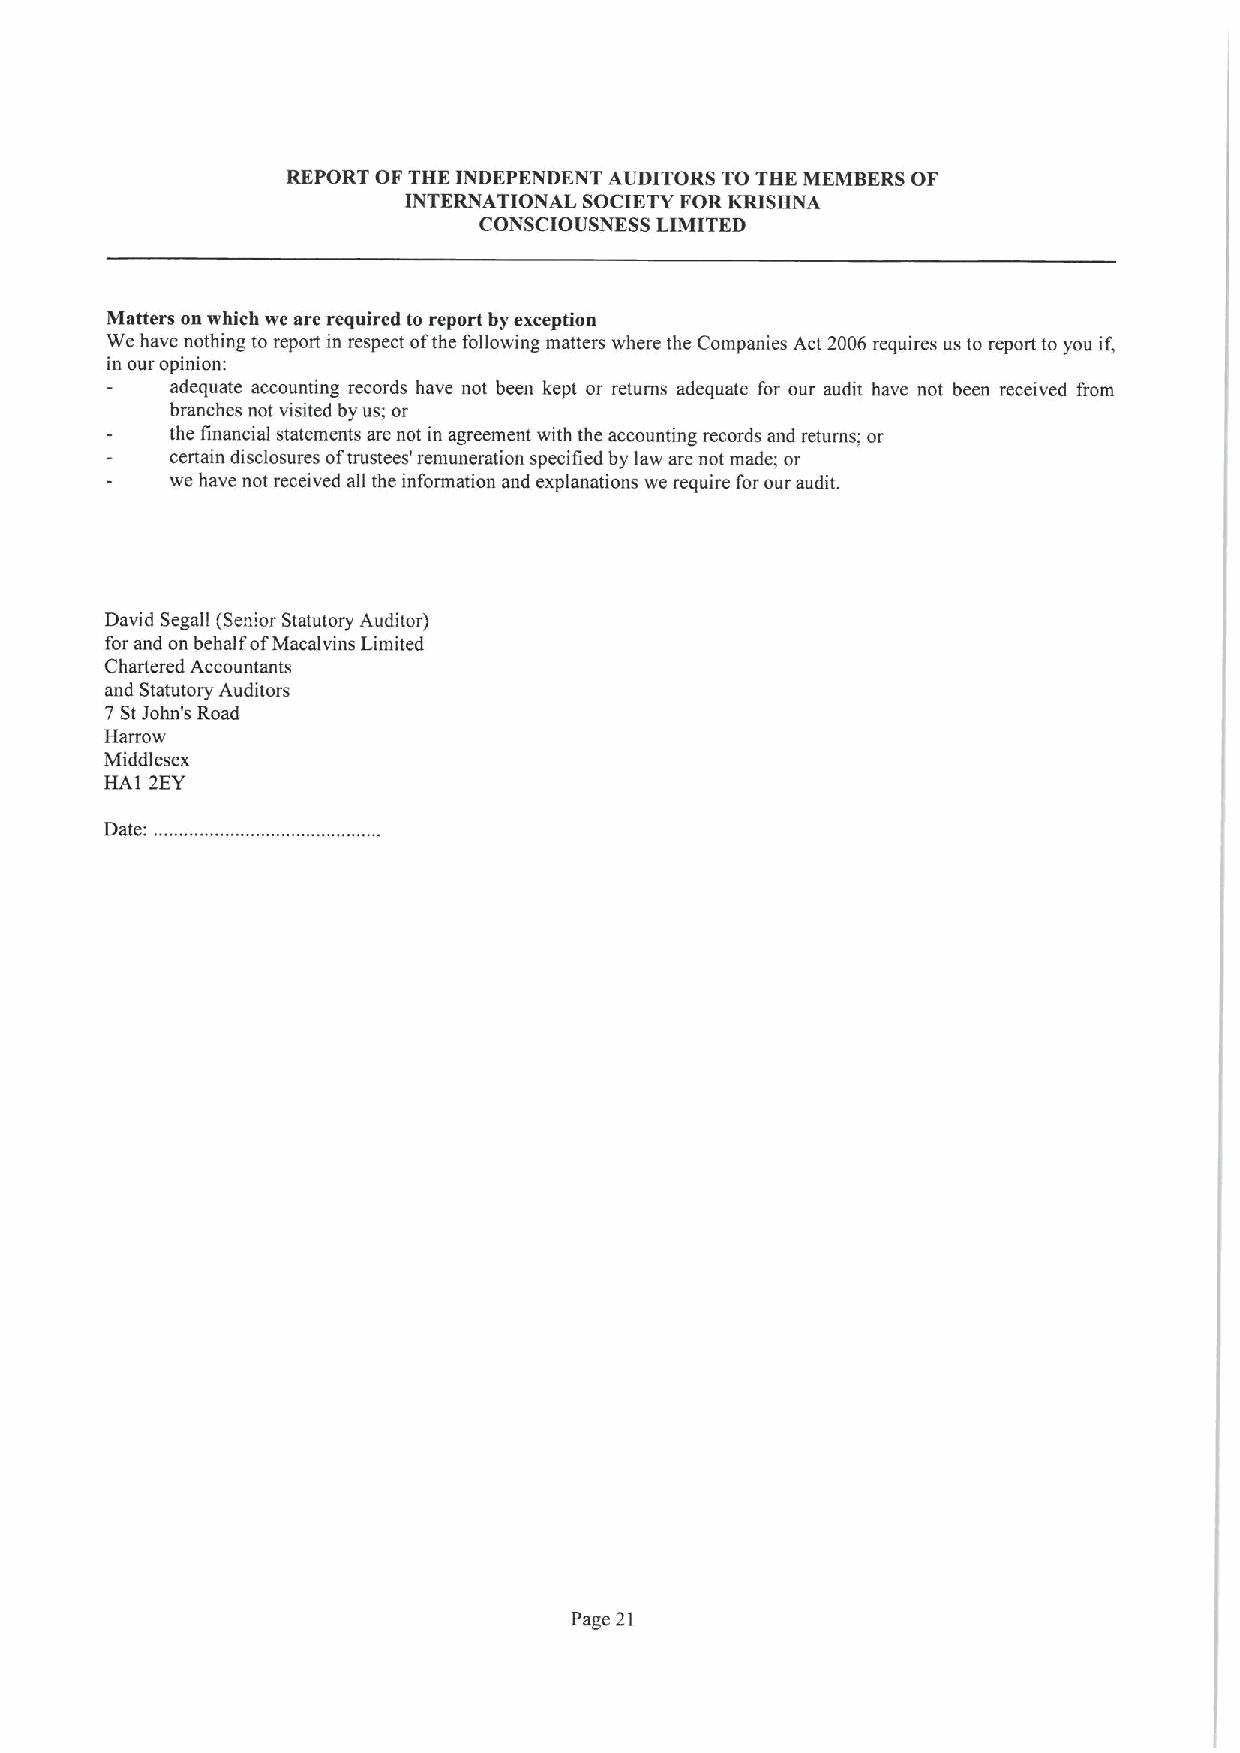
REPORT OF THE INDEPENDENT AUDITORS TO THE MEMBERS OF
 INTERNATIONAL SOCIETY FOR KRISHNA
 CONSCIOUSNESS LIMITED
 Matters on which we are required to report by exception
 We have nothing to report in respect ofthe following matters where the Companies Act 2006 requires us to report to you if,
 in our opinion:
 adequate accounting records have not been kept or returns adequate for our audit have not been received from
 branches not visited by us; or
 the financial statements are not in agreement with the accounting records and returns; or
 certain disclosures oftrustees' remuneration specified by law are not made; or
 we have not received all the information and explanations we require for our audit.
 David Segall (Senior Statutory Auditor)
 for and on behalf ofMacalvins Limited
 Chartered Accountants
 and Statutory Auditors
 7 StJohn's Road
 Harrow
 Middlesex
 HAI 2EY
 Date: ...
 Page 21